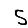
Digit: 5